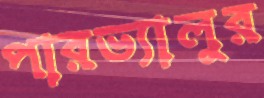
পারভ্যালুর